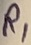
Text: R1